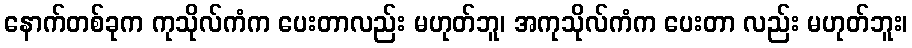
နောက်တစ်ခုက ကုသိုလ်ကံက ပေးတာလည်း မဟုတ်ဘူ၊ အကုသိုလ်ကံက ပေးတာ လည်း မဟုတ်ဘူး၊